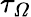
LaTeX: \tau_{\varOmega}